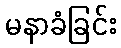
မနာခံခြင်း